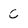
Character: C